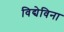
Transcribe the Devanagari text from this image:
विद्येविना